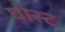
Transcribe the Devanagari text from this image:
घोस्‍ट